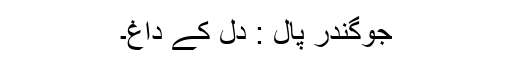
جوگندر پال : دل کے داغ۔